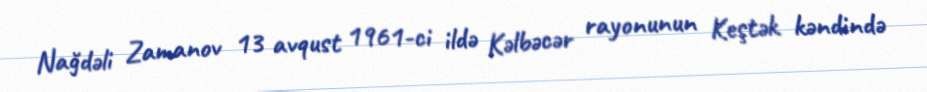
Nağdəli Zamanov 13 avqust 1961-ci ildə Kəlbəcər rayonunun Keştək kəndində